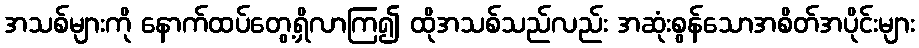
အသစ်များကို နောက်ထပ်တွေ့ရှိလာကြ၍ ထိုအသစ်သည်လည်း အဆုံးစွန်သောအစိတ်အပိုင်းများ